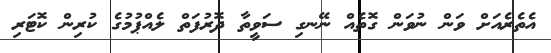
އެތެރެއަށް ވަން ނުވަން ގޮތެއް ނޭނގި ސަވީތާ ދޮރުފަތް ލެއްޕުމުގެ ކުރިން ކޮޓަރި